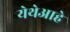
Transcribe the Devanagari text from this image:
येथेआहे